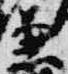
兼